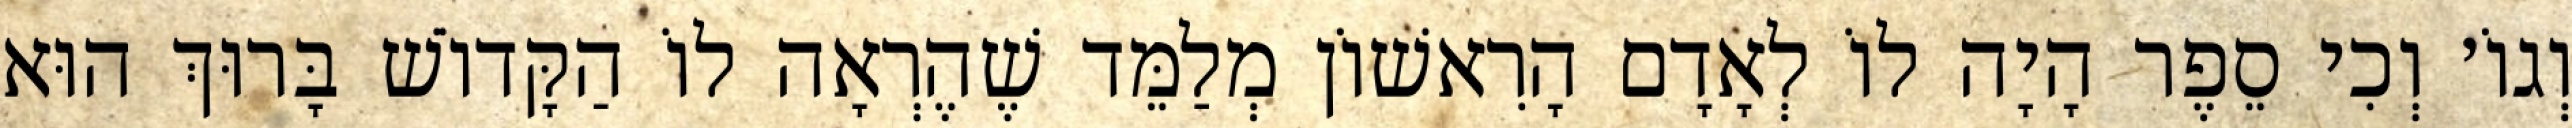
וְגוֹ׳ וְכִי סֵפֶר הָיָה לוֹ לְאָדָם הָרִאשׁוֹן מְלַמֵּד שֶׁהֶרְאָה לוֹ הַקָּדוֹשׁ בָּרוּךְ הוּא